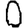
Digit: 0